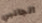
الجانبي